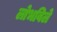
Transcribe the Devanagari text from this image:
लोभविले